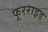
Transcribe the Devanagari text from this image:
फूरराइड